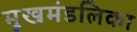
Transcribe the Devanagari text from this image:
मुखमंडलिका